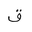
Letter: _qaf